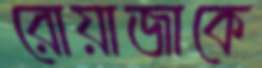
রোয়াজাকে